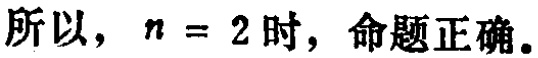
所以，\(n = 2\) 时，命题正确。